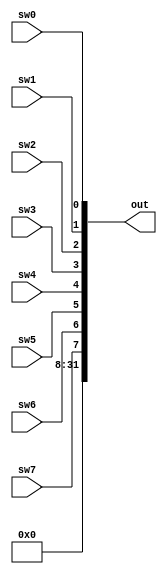
module in_port_translator (sw7,sw6,sw5,sw4,sw3,sw2,sw1,sw0,out);
	input sw7,sw6,sw5,sw4,sw3,sw2,sw1,sw0;
	output [31:0] out;

	assign out[31:8] = 24'h000;
	assign out[7] = sw7;
	assign out[6] = sw6;
	assign out[5] = sw5;
	assign out[4] = sw4;
	assign out[3] = sw3;
	assign out[2] = sw2;
	assign out[1] = sw1;
	assign out[0] = sw0;
endmodule